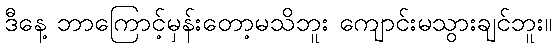
ဒီနေ့ ဘာကြောင့်မှန်းတော့မသိဘူး ကျောင်းမသွားချင်ဘူး။